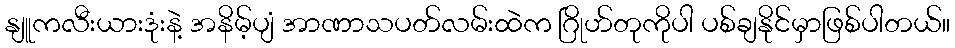
နျူကလီးယားဒုံးနဲ့ အနိမ့်ပျံ အာဏာသပတ်လမ်းထဲက ဂြိုဟ်တုကိုပါ ပစ်ချနိုင်မှာဖြစ်ပါတယ်။